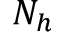
N _ { h }